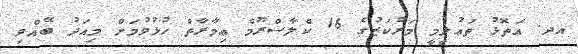
އދ. އަތޮޅު ތަޢުލީމީ މަރުކަޒުގެ 16 ކްލާސްރޫމް ޢިމާރާތް ހުޅުވުމަށް މިއަދު ބޭއްވި